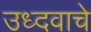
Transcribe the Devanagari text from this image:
उध्दवाचे